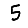
Digit: 5